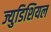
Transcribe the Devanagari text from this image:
ज्युडिशियल